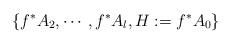
LaTeX: \begin{align*}\{f^*A_2, \cdots, f^*A_l, H:=f^*A_0\}\end{align*}